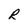
Character: R